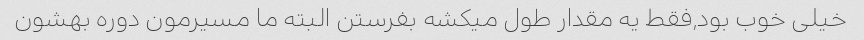
خیلی خوب بود,فقط یه مقدار طول میکشه بفرستن البته ما مسیرمون دوره بهشون